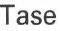
Tase